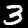
Label: 3